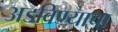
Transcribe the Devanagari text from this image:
अडविण्याचा